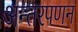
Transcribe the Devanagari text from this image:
अन्तरपणन